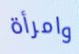
وامرأة